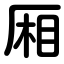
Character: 厢